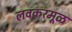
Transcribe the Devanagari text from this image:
लवकरमूळ